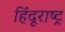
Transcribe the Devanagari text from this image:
हिंदूराष्ट्र